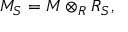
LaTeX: M _ { S } = M \otimes _ { R } R _ { S } ,